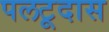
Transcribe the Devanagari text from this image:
पलटूदास